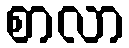
စာလာ